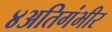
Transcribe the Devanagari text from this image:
४अतिगंभीर